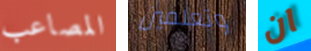
المصاعب وتعلمين ان